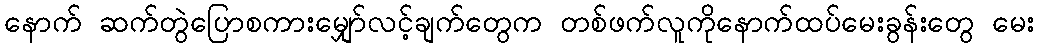
နောက် ဆက်တွဲပြောစကားမျှော်လင့်ချက်တွေက တစ်ဖက်လူကိုနောက်ထပ်မေးခွန်းတွေ မေး